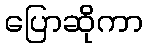
ပြောဆိုကာ